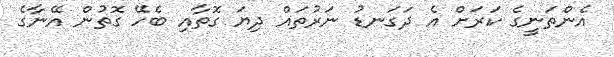
އެންތަނީގެ ކަރަށް އެ ދަގަނޑު ނަރުތައް ދިޔަ ގޮތާއި ބެހޭ ގޮތުން އޭނާގެ